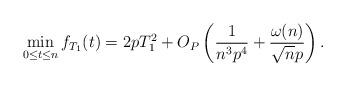
LaTeX: \begin{align*}\min_{0\leq t\leq n}f_{T_1}(t) = 2pT_1^2 + O_P\left( \frac{1}{n^3p^4} +\frac{\omega(n) }{\sqrt{ n}p} \right).\end{align*}